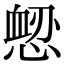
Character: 𢞤